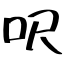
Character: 呎